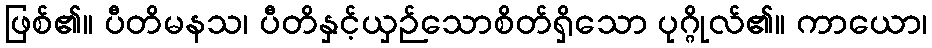
ဖြစ်၏။ ပီတိမနသ၊ ပီတိနှင့်ယှဉ်သောစိတ်ရှိသော ပုဂ္ဂိုလ်၏။ ကာယော၊